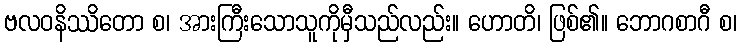
ဗလဝနိဿိတော စ၊ အားကြီးသောသူကိုမှီသည်လည်း။ ဟောတိ၊ ဖြစ်၏။ ဘောဂစာဂီ စ၊